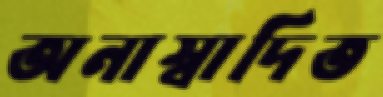
অনাস্বাদিত